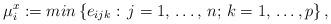
LaTeX: \begin{align*}\mu_{i}^{x}:=min\left\{ e_{ijk}: \thinspace j=1,\thinspace \mathellipsis ,\thinspace n;\thinspace k=1,\thinspace \mathellipsis ,p \right\}, \end{align*}